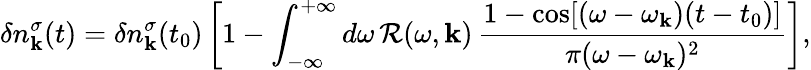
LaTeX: \delta n_{\mathbf{k}}^{\sigma}(t)=\delta n_{\mathbf{k}}^{\sigma}(t_{0})\left[1-\int_{-\infty}^{+\infty}d\omega\, \mathcal{R}(\omega,\mathbf{k})\, \frac{1-\cos[(\omega-\omega_{\mathbf{k}})(t-t_{0})]}{\pi(\omega-\omega_{\mathbf{k}})^{2}}\right],